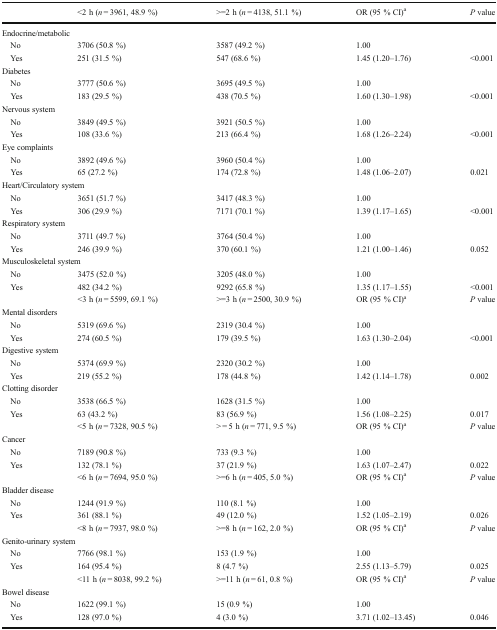
<table><thead><tr><td></td><td><b>&lt;2 h (<i>n</i> = 3961, 48.9 %)</b></td><td><b>&gt;=2 h (<i>n</i> = 4138, 51.1 %)</b></td><td><b>OR (95 % CI)<sup>a</sup></b></td><td><b><i>P</i> value</b></td></tr></thead><tbody><tr><td colspan="5">Endocrine/metabolic</td></tr><tr><td> No</td><td>3706 (50.8 %)</td><td>3587 (49.2 %)</td><td>1.00</td><td></td></tr><tr><td> Yes</td><td>251 (31.5 %)</td><td>547 (68.6 %)</td><td>1.45 (1.20–1.76)</td><td>&lt;0.001</td></tr><tr><td colspan="5">Diabetes</td></tr><tr><td> No</td><td>3777 (50.6 %)</td><td>3695 (49.5 %)</td><td>1.00</td><td></td></tr><tr><td> Yes</td><td>183 (29.5 %)</td><td>438 (70.5 %)</td><td>1.60 (1.30–1.98)</td><td>&lt;0.001</td></tr><tr><td colspan="5">Nervous system</td></tr><tr><td> No</td><td>3849 (49.5 %)</td><td>3921 (50.5 %)</td><td>1.00</td><td></td></tr><tr><td> Yes</td><td>108 (33.6 %)</td><td>213 (66.4 %)</td><td>1.68 (1.26–2.24)</td><td>&lt;0.001</td></tr><tr><td colspan="5">Eye complaints</td></tr><tr><td> No</td><td>3892 (49.6 %)</td><td>3960 (50.4 %)</td><td>1.00</td><td></td></tr><tr><td> Yes</td><td>65 (27.2 %)</td><td>174 (72.8 %)</td><td>1.48 (1.06–2.07)</td><td>0.021</td></tr><tr><td colspan="5">Heart/Circulatory system</td></tr><tr><td> No</td><td>3651 (51.7 %)</td><td>3417 (48.3 %)</td><td>1.00</td><td></td></tr><tr><td> Yes</td><td>306 (29.9 %)</td><td>7171 (70.1 %)</td><td>1.39 (1.17–1.65)</td><td>&lt;0.001</td></tr><tr><td colspan="5">Respiratory system</td></tr><tr><td> No</td><td>3711 (49.7 %)</td><td>3764 (50.4 %)</td><td>1.00</td><td></td></tr><tr><td> Yes</td><td>246 (39.9 %)</td><td>370 (60.1 %)</td><td>1.21 (1.00–1.46)</td><td>0.052</td></tr><tr><td colspan="5">Musculoskeletal system</td></tr><tr><td> No</td><td>3475 (52.0 %)</td><td>3205 (48.0 %)</td><td>1.00</td><td></td></tr><tr><td> Yes</td><td>482 (34.2 %)</td><td>9292 (65.8 %)</td><td>1.35 (1.17–1.55)</td><td>&lt;0.001</td></tr><tr><td></td><td>&lt;3 h (<i>n</i> = 5599, 69.1 %)</td><td>&gt;=3 h (<i>n</i> = 2500, 30.9 %)</td><td>OR (95 % CI)<sup>a</sup></td><td><i>P</i> value</td></tr><tr><td colspan="5">Mental disorders</td></tr><tr><td> No</td><td>5319 (69.6 %)</td><td>2319 (30.4 %)</td><td>1.00</td><td></td></tr><tr><td> Yes</td><td>274 (60.5 %)</td><td>179 (39.5 %)</td><td>1.63 (1.30–2.04)</td><td>&lt;0.001</td></tr><tr><td colspan="5">Digestive system</td></tr><tr><td> No</td><td>5374 (69.9 %)</td><td>2320 (30.2 %)</td><td>1.00</td><td></td></tr><tr><td> Yes</td><td>219 (55.2 %)</td><td>178 (44.8 %)</td><td>1.42 (1.14–1.78)</td><td>0.002</td></tr><tr><td colspan="5">Clotting disorder</td></tr><tr><td> No</td><td>3538 (66.5 %)</td><td>1628 (31.5 %)</td><td>1.00</td><td></td></tr><tr><td> Yes</td><td>63 (43.2 %)</td><td>83 (56.9 %)</td><td>1.56 (1.08–2.25)</td><td>0.017</td></tr><tr><td></td><td>&lt;5 h (<i>n</i> = 7328, 90.5 %)</td><td>&gt; = 5 h (<i>n</i> = 771, 9.5 %)</td><td>OR (95 % CI)<sup>a</sup></td><td><i>P</i> value</td></tr><tr><td colspan="5">Cancer</td></tr><tr><td> No</td><td>7189 (90.8 %)</td><td>733 (9.3 %)</td><td>1.00</td><td></td></tr><tr><td> Yes</td><td>132 (78.1 %)</td><td>37 (21.9 %)</td><td>1.63 (1.07–2.47)</td><td>0.022</td></tr><tr><td></td><td>&lt;6 h (<i>n</i> = 7694, 95.0 %)</td><td>&gt;=6 h (<i>n</i> = 405, 5.0 %)</td><td>OR (95 % CI)<sup>a</sup></td><td><i>P</i> value</td></tr><tr><td colspan="5">Bladder disease</td></tr><tr><td> No</td><td>1244 (91.9 %)</td><td>110 (8.1 %)</td><td>1.00</td><td></td></tr><tr><td> Yes</td><td>361 (88.1 %)</td><td>49 (12.0 %)</td><td>1.52 (1.05–2.19)</td><td>0.026</td></tr><tr><td></td><td>&lt;8 h (<i>n</i> = 7937, 98.0 %)</td><td>&gt;=8 h (<i>n</i> = 162, 2.0 %)</td><td>OR (95 % CI)<sup>a</sup></td><td><i>P</i> value</td></tr><tr><td colspan="5">Genito-urinary system</td></tr><tr><td> No</td><td>7766 (98.1 %)</td><td>153 (1.9 %)</td><td>1.00</td><td></td></tr><tr><td> Yes</td><td>164 (95.4 %)</td><td>8 (4.7 %)</td><td>2.55 (1.13–5.79)</td><td>0.025</td></tr><tr><td></td><td>&lt;11 h (<i>n</i> = 8038, 99.2 %)</td><td>&gt;=11 h (<i>n</i> = 61, 0.8 %)</td><td>OR (95 % CI)<sup>a</sup></td><td><i>P</i> value</td></tr><tr><td colspan="5">Bowel disease</td></tr><tr><td> No</td><td>1622 (99.1 %)</td><td>15 (0.9 %)</td><td>1.00</td><td></td></tr><tr><td> Yes</td><td>128 (97.0 %)</td><td>4 (3.0 %)</td><td>3.71 (1.02–13.45)</td><td>0.046</td></tr></tbody></table>